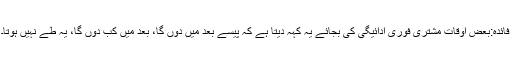
فائدہ:بعض اوقات مشتری فوری ادائیگی کی بجائے یہ کہہ دیتا ہے کہ پیسے بعد میں دوں گا، بعد میں کب دوں گا، یہ طے نہیں ہوتا۔